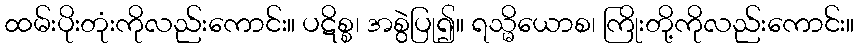
ထမ်းပိုးတုံးကိုလည်းကောင်း။ ပဋိစ္စ၊ အစွဲပြု၍။ ရသ္မိယောစ၊ ကြိုးတို့ကိုလည်းကောင်း။